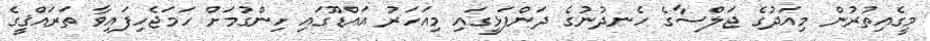
މީގެއިތުރުން މިއަދުގެ ޖަލްސާގެ ހެނދުނުގެ ދަންފަޅީގައި މިއަހަރު އައްޑޫގައި ހިންގުމަށް ހަމަޖެހިފައިވާ ތަރައްޤީގެ